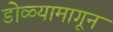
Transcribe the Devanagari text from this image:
डोळ्यामागून